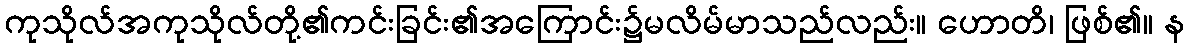
ကုသိုလ်အကုသိုလ်တို့၏ကင်းခြင်း၏အကြောင်း၌မလိမ်မာသည်လည်း။ ဟောတိ၊ ဖြစ်၏။ န